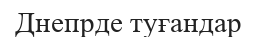
Днепрде туғандар